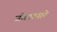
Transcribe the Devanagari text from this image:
जोडाख्याने